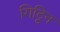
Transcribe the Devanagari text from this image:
गिट्टिन